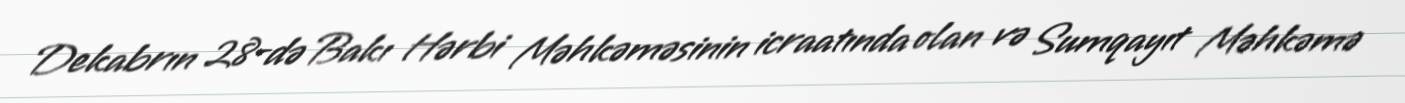
Dekabrın 28-də Bakı Hərbi Məhkəməsinin icraatında olan və Sumqayıt Məhkəmə